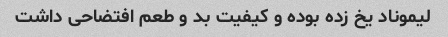
لیموناد یخ زده بوده و کیفیت بد و طعم افتضاحی داشت